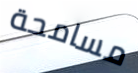
مسامحة